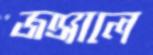
জঞ্জালে